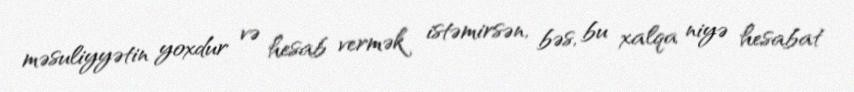
məsuliyyətin yoxdur və hesab vermək istəmirsən, bəs, bu xalqa niyə hesabat